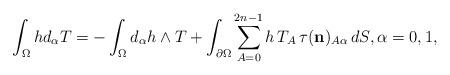
LaTeX: \begin{align*}\int_\Omega hd_\alpha T=-\int_\Omega d_\alpha h\wedge T+\int_{\partial\Omega}\sum_{A=0}^{2n-1}h\,T_A\, \tau( \mathbf{{n}})_{A\alpha}\,dS,\alpha=0,1,\end{align*}